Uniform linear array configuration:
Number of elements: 8
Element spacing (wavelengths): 0.25
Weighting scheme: binomial
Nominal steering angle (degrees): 0
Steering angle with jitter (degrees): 0.7803
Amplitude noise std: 0.05
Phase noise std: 0.05

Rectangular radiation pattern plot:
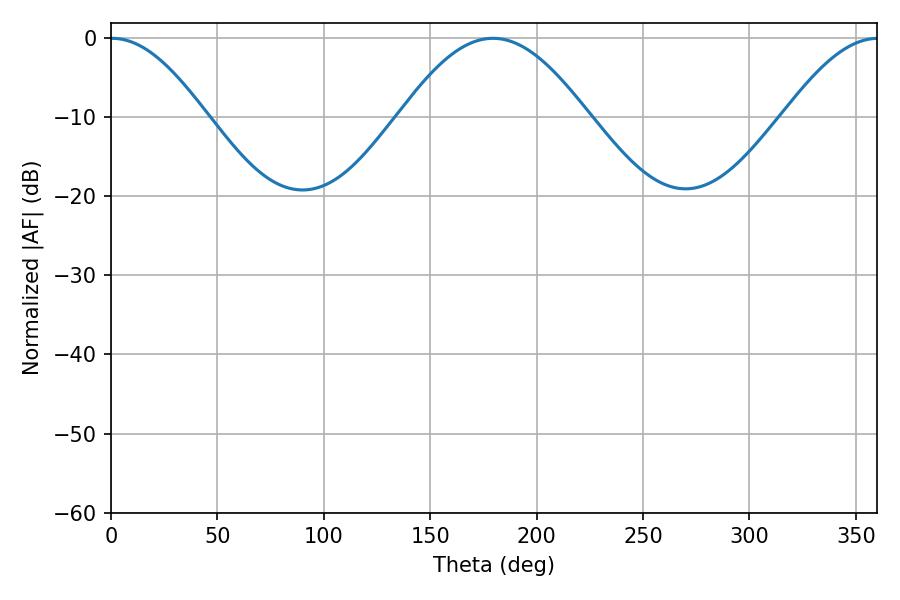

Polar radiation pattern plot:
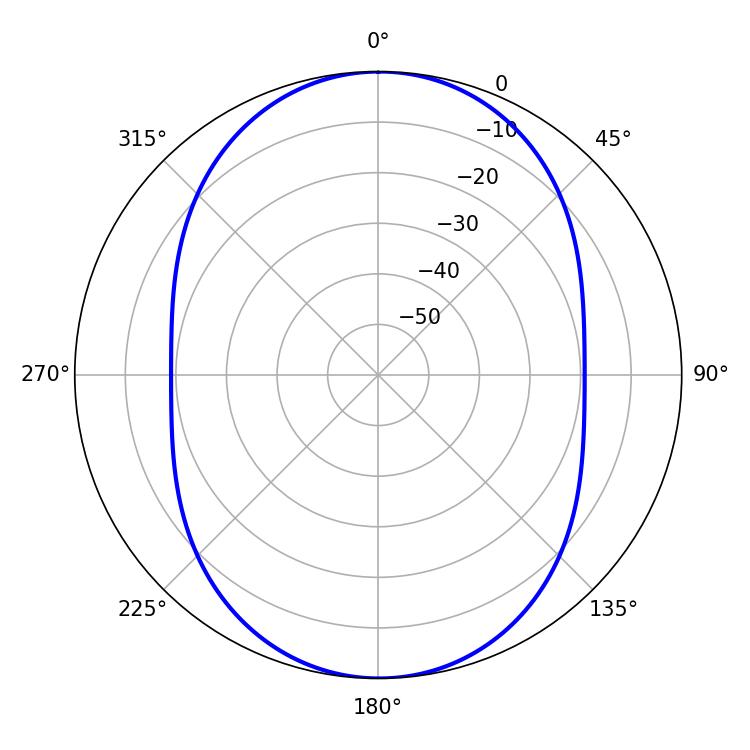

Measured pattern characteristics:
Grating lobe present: FALSE
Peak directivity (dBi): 23.689
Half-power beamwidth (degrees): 24.12
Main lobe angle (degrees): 0.54